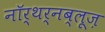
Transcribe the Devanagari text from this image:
नॉर्थर्नब्लूज़